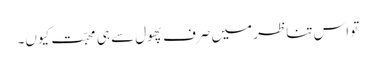
تو اس تناظر میں صرف پھول سے ہی محبّت کیوں۔